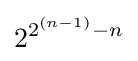
2^{2^{(n-1)}-n}